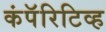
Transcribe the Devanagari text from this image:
कंपॅरिटिव्ह